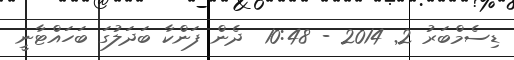
ޑިސެމްބަރު 2